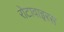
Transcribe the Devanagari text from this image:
रोटावाइरस